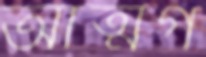
আত্মগ